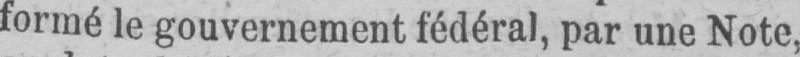
formé le gouvernement fédéral, par une Note,